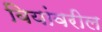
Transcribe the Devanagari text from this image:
बियांवरील